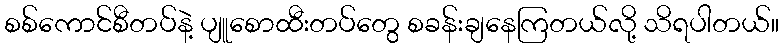
စစ်ကောင်စီတပ်နဲ့ ပျူစောထီးတပ်တွေ စခန်းချနေကြတယ်လို့ သိရပါတယ်။